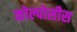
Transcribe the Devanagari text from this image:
कोल्पोसीस